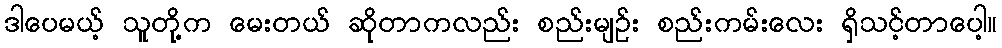
ဒါပေမယ့် သူတို့က မေးတယ် ဆိုတာကလည်း စည်းမျဉ်း စည်းကမ်းလေး ရှိသင့်တာပေါ့။